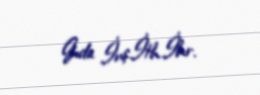
Gıda .İnş.İth.İhr.